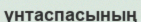
үнтаспасының